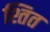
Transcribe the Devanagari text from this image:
श्तित